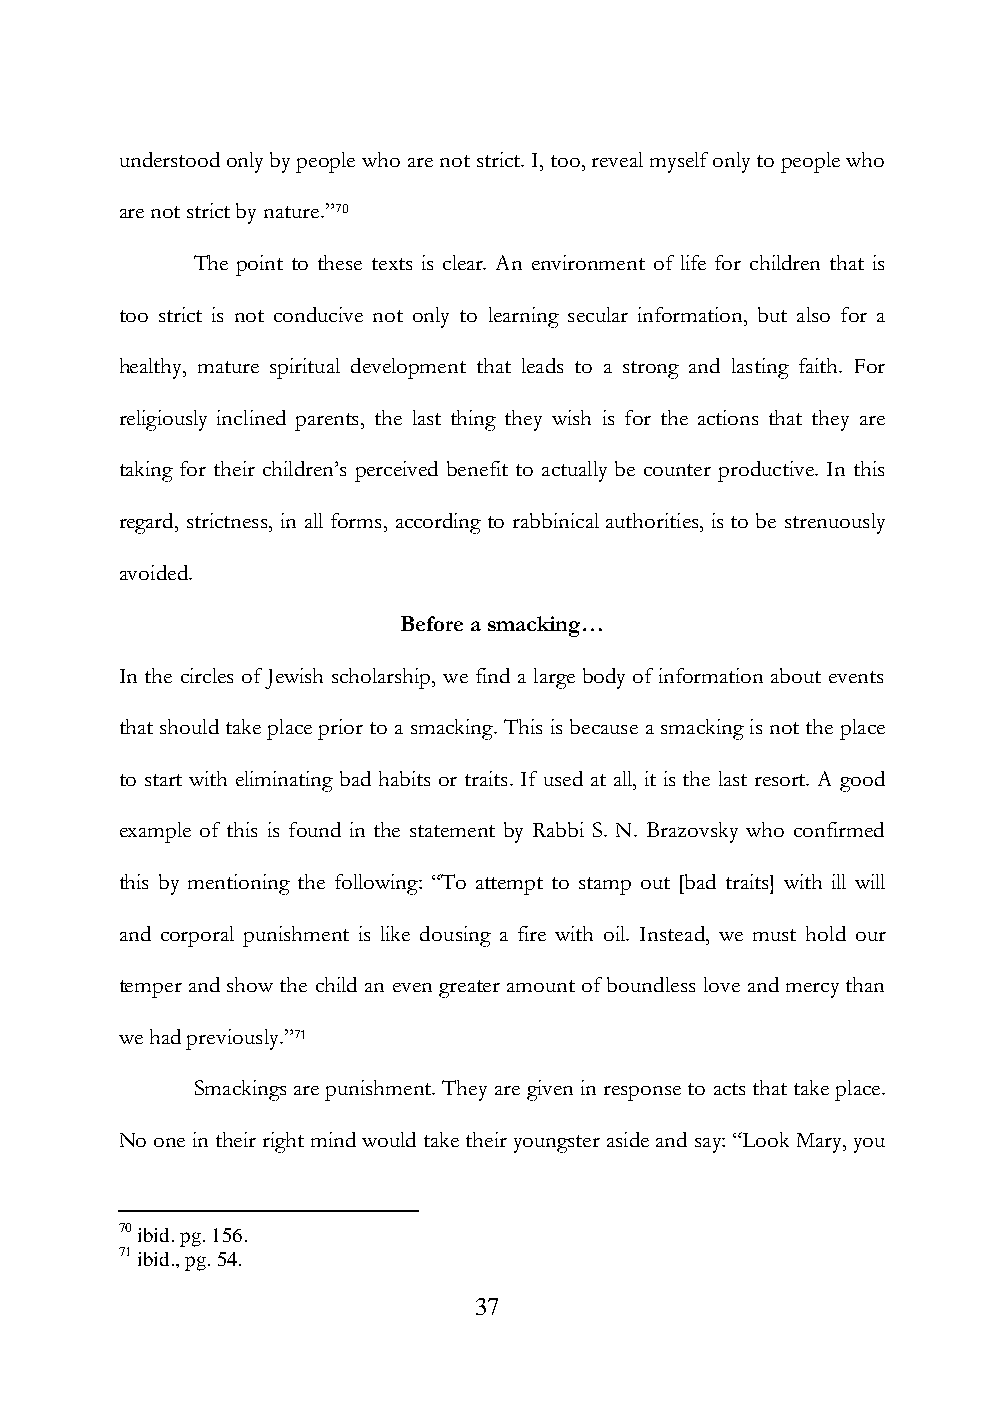
understood only by people who are not strict. I, too, reveal myself only to people who
 are not strict by nature.”70
 The point to these texts is clear. An environment of life for children that is
 too strict is not conducive not only to learning secular information, but also for a
 healthy, mature spiritual development that leads to a strong and lasting faith. For
 religiously inclined parents, the last thing they wish is for the actions that they are
 taking for their children‟s perceived benefit to actually be counter productive. In this
 regard, strictness, in all forms, according to rabbinical authorities, is to be strenuously
 avoided.
 Before a smacking…
 In the circles of Jewish scholarship, we find a large body of information about events
 that should take place prior to a smacking. This is because a smacking is not the place
 to start with eliminating bad habits or traits. If used at all, it is the last resort. A good
 example of this is found in the statement by Rabbi S. N. Brazovsky who confirmed
 this by mentioning the following: “To attempt to stamp out [bad traits] with ill will
 and corporal punishment is like dousing a fire with oil. Instead, we must hold our
 temper and show the child an even greater amount of boundless love and mercy than
 we had previously.”71
 Smackings are punishment. They are given in response to acts that take place.
 No one in their right mind would take their youngster aside and say: “Look Mary, you
 70 ibid. pg. 156.
 71 ibid., pg. 54.
 37